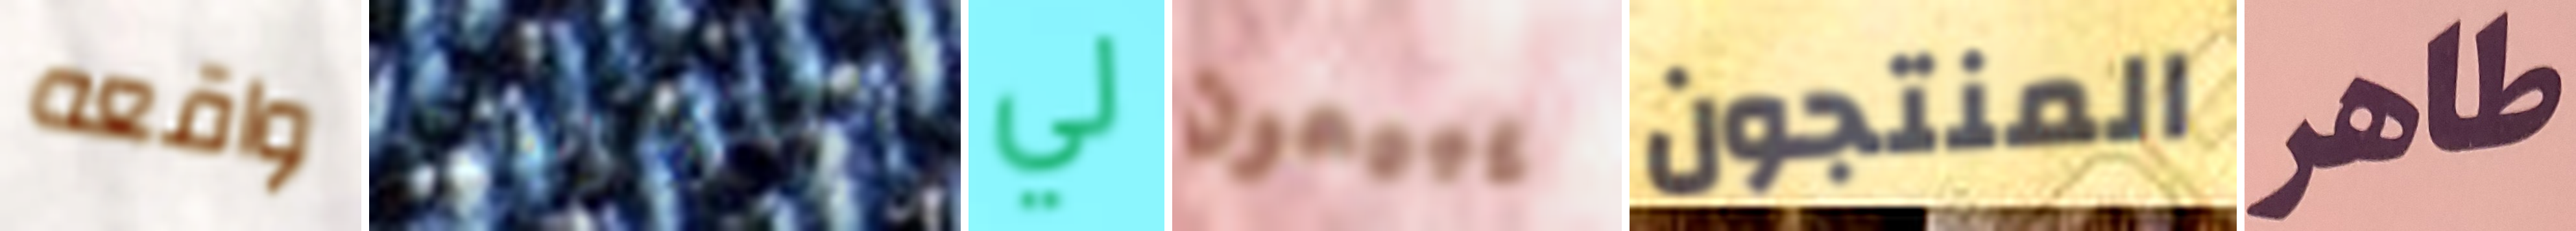
واقعه الدوريات لي يبيعون المنتجون طاهر